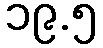
၁၉.၅